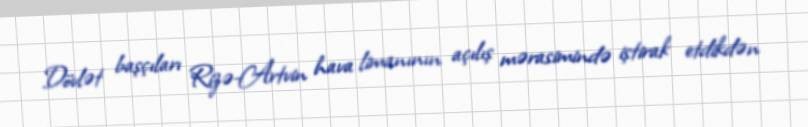
Dövlət başçıları Rizə-Artvin hava limanının açılış mərasimində iştirak etdikdən